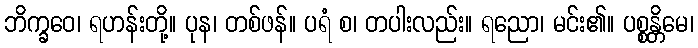
ဘိက္ခဝေ၊ ရဟန်းတို့။ ပုန၊ တစ်ဖန်။ ပရံ စ၊ တပါးလည်း။ ရညော၊ မင်း၏။ ပစ္စန္တိမေ၊